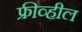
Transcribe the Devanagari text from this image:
फ्रीव्हील